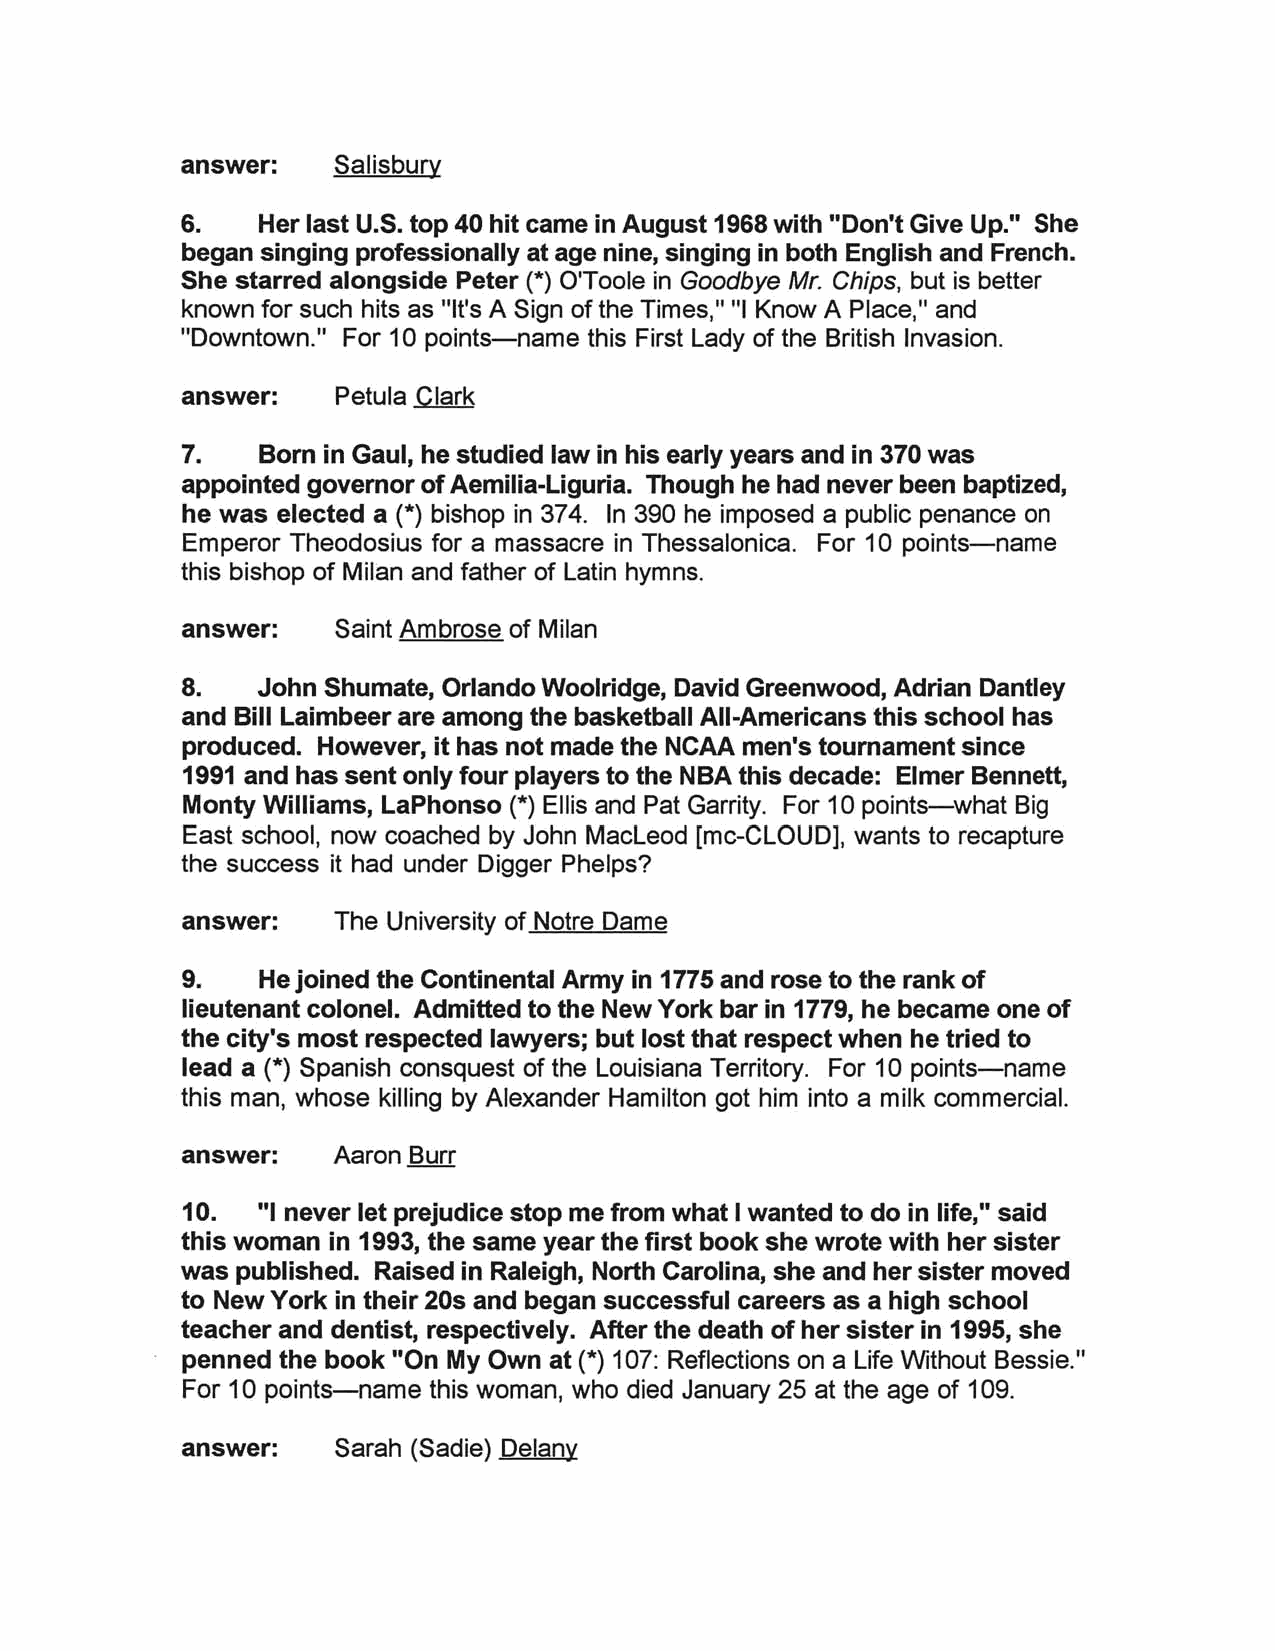
answer:   Salisbury
 6.   Her last U.S. top 40 hit came in August 1968 with "Don't Give Up." She
 began singing professionally at age nine, singing in both English and French.
 She starred alongside Peter (*) OToole in Goodbye Mr. Chips, but is better
 known for such hits as "It's A Sign of the Times," "I Know A Place," and
 "Downtown." For 10 points-name this First lady of the British Invasion.
 answer:   Petula Clark
 7.   Born in Gaul, he studied law in his early years and in 370 was
 appointed governor of Aemilia-Liguria. Though he had never been baptized,
 he was elected a (*) bishop in 374. In 390 he imposed a public penance on
 Emperor Theodosius for a massacre in Thessalonica. For 10 points-name
 this bishop of Milan and father of latin hymns.
 answer:   Saint Ambrose of Milan
 8.   John Shumate, Orlando Woolridge, David Greenwood, Adrian Dantley
 and Bill Laimbeer are among the basketball All-Americans this school has
 produced. However, it has not made the NCAA men's tournament since
 1991 and has sent only four players to the NBA this decade: Elmer Bennett,
 Monty Williams, LaPhonso (*) Ellis and Pat Garrity. For 10 points-what Big
 East school, now coached by John Macleod fmc-CLOUD], wants to recapture
 the success it had under Digger Phelps?
 answer:   The University of Notre Dame
 9.   He joined the Continental Army in 1775 and rose to the rank of
 lieutenant colonel. Admitted to the New York bar in 1779, he became one of
 the city's most respected lawyers; but lost that respect when he tried to
 lead a (*) Spanish consquest of the louisiana Territory. For 10 points-name
 this man, whose killing by Alexander Hamilton got him into a milk commercial.
 answer:   Aaron Burr
 10.  "I never let prejudice stop me from what I wanted to do in life," said
 this woman in 1993, the same year the first book she wrote with her sister
 was published. Raised in Raleigh, North Carolina, she and her sister moved
 to New York in their 20s and began successful careers as a high school
 teacher and dentist, respectively. After the death of her sister in 1995, she
 penned the book "On My Own at (*) 107: Reflections on a Life Without Bessie."
 For 10 points-name this woman, who died January 25 at the age of 109.
 answer:   Sarah (Sadie) Delany